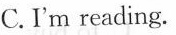
C.I'm reading.